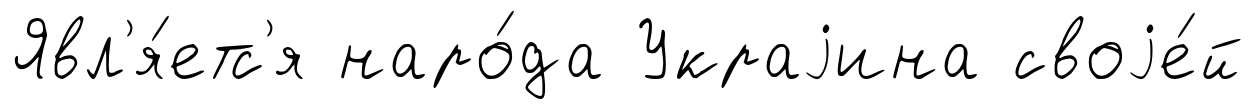
Явл'я́етс'я наро́да Украjина своjе́й